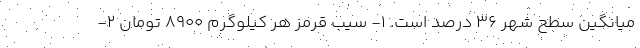
میانگین سطح شهر 36 درصد است. 1- سیب قرمز هر کیلوگرم 8900 تومان 2-